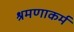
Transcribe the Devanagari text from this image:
श्रमणाकर्म